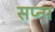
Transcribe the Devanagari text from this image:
सप्ना